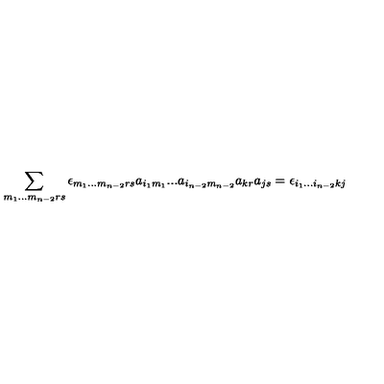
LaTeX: \sum _ { m _ { 1 } . . . m _ { n - 2 } r s } \epsilon _ { m _ { 1 } . . . m _ { n - 2 } r s } a _ { i _ { 1 } m _ { 1 } } . . . a _ { i _ { n - 2 } m _ { n - 2 } } a _ { k r } a _ { j s } = \epsilon _ { i _ { 1 } . . . i _ { n - 2 } k j }